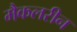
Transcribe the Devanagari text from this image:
मैकलरीन